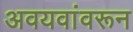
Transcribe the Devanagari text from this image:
अवयवांवरून